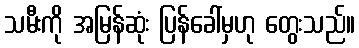
သမီးကို အမြန်ဆုံး ပြန်ခေါ်မှဟု တွေးသည်။